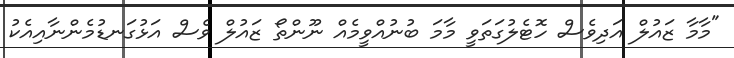
"މާމާ ޒައުލް އަދިވެސް ހޮޓެލުގަތަވީ މާމަ ބުނުއްވީމެއް ނޫންތޯ ޒައުލް ވެސް އަޅުގަނޑުމެންނާއިއެކު